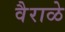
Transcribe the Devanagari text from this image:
वैराळे